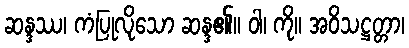
ဆန္ဒဿ၊ ကံပြုလိုသော ဆန္ဒ၏။ ဝါ၊ ကို။ အဝိသဋ္ဌတ္တာ၊